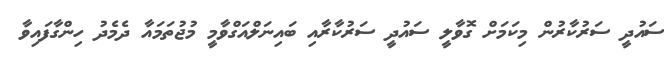
ސައުދީ ސަރުކާރުން މިކަމަށް ގޮވާލީ ސައުދީ ސަރުކާރާއި ބައިނަލްއަގްވާމީ މުޖުތަމައާ ދެމެދު ހިންގާފައިވާ